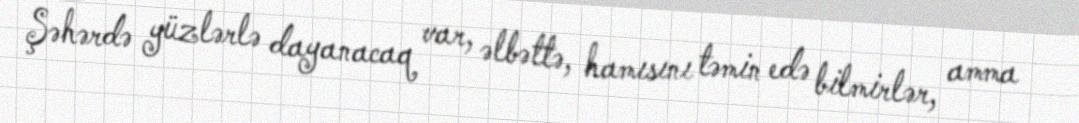
Şəhərdə yüzlərlə dayanacaq var, əlbəttə, hamısını təmin edə bilmirlər, amma